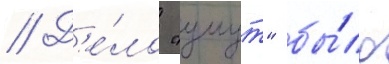
// Д'е́ло "умут" бы́ло